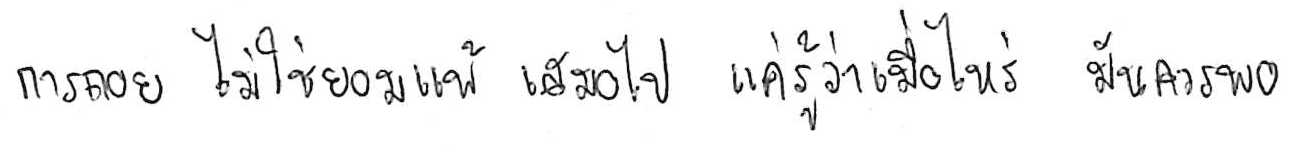
การถอย ไม่ใช่ยอมแพ้ เสมอไป แค่รู้ว่าเมื่อไหร่ มันควรพอ